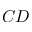
C D